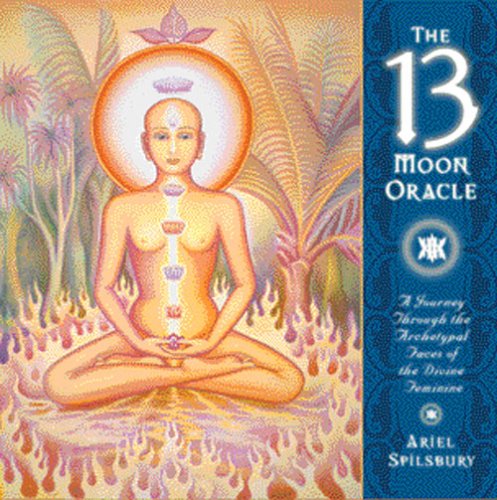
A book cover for The 13 Moon Oracle: A Journey Through the Archtypal Faces of the Divine Feminine; Ariel Spilsbury; Religion & Spirituality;